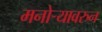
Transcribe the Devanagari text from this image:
मनोऱ्यावरुन